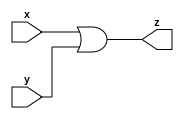

//Model to OR Gate

module orgate(x,y,z);

input x,y;
output z;

assign z=(x|y);

endmodule